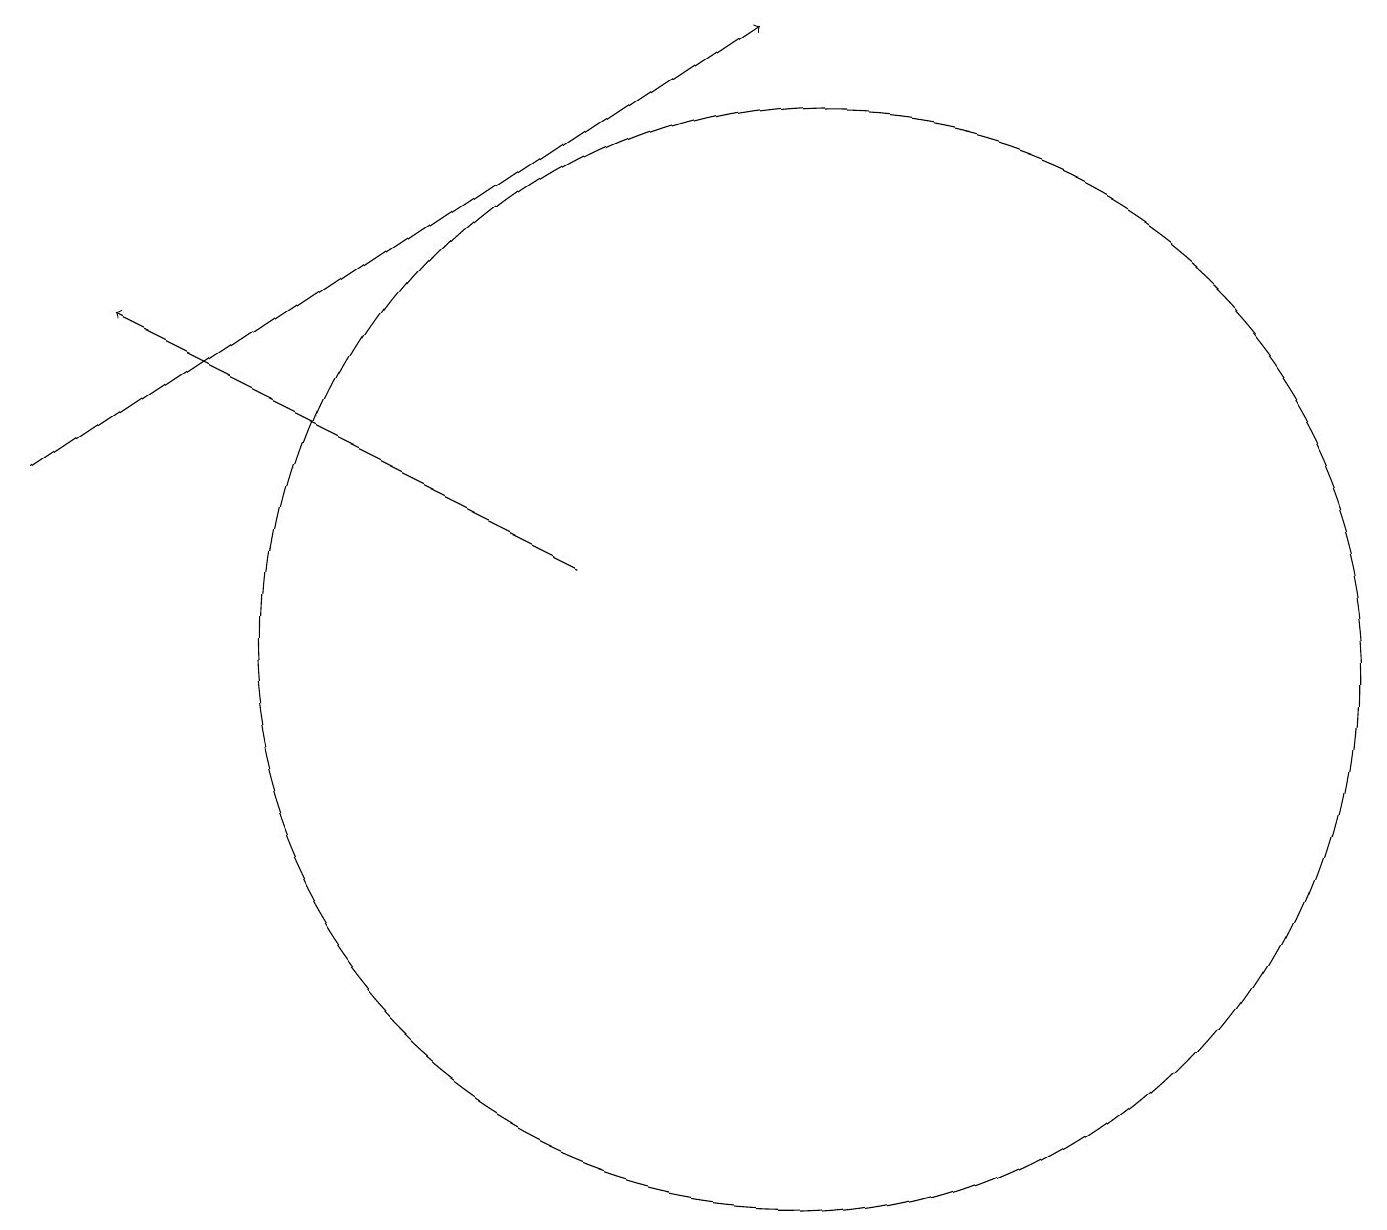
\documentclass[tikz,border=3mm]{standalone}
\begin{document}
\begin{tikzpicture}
\draw[->] (7,12) -- (1,15);
\draw[->] (0,13) -- (9,19);
\draw (10,11) circle (7);
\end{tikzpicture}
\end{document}